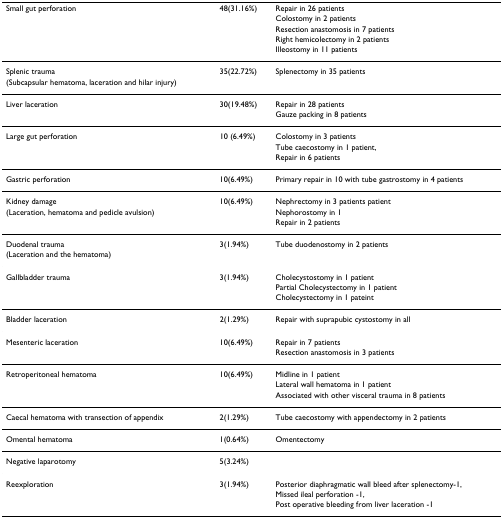
<table><thead><tr><td><b>Small gut perforation</b></td><td><b>48(31.16%)</b></td><td><b>Repair in 26 patients</b></td></tr><tr><td></td><td></td><td><b>Colostomy in 2 patients</b></td></tr><tr><td></td><td></td><td><b>Resection anastomosis in 7 patients</b></td></tr><tr><td></td><td></td><td><b>Right hemicolectomy in 2 patients</b></td></tr><tr><td></td><td></td><td><b>Illeostomy in 11 patients</b></td></tr></thead><tbody><tr><td>Splenic trauma</td><td>35(22.72%)</td><td>Splenectomy in 35 patients</td></tr><tr><td>(Subcapsular hematoma, laceration and hilar injury)</td><td></td><td></td></tr><tr><td>Liver laceration</td><td>30(19.48%)</td><td>Repair in 28 patients</td></tr><tr><td></td><td></td><td>Gauze packing in 8 patients</td></tr><tr><td>Large gut perforation</td><td>10 (6.49%)</td><td>Colostomy in 3 patients</td></tr><tr><td></td><td></td><td>Tube caecostomy in 1 patient,</td></tr><tr><td></td><td></td><td>Repair in 6 patients</td></tr><tr><td>Gastric perforation</td><td>10(6.49%)</td><td>Primary repair in 10 with tube gastrostomy in 4 patients</td></tr><tr><td>Kidney damage</td><td>10(6.49%)</td><td>Nephrectomy in 3 patients patient</td></tr><tr><td>(Laceration, hematoma and pedicle avulsion)</td><td></td><td>Nephorostomy in 1</td></tr><tr><td></td><td></td><td>Repair in 2 patients</td></tr><tr><td>Duodenal trauma</td><td>3(1.94%)</td><td>Tube duodenostomy in 2 patients</td></tr><tr><td>(Laceration and the hematoma)</td><td></td><td></td></tr><tr><td>Gallbladder trauma</td><td>3(1.94%)</td><td>Cholecystostomy in 1 patient</td></tr><tr><td></td><td></td><td>Partial Cholecystectomy in 1 patient</td></tr><tr><td></td><td></td><td>Cholecystectomy in 1 pateint</td></tr><tr><td>Bladder laceration</td><td>2(1.29%)</td><td>Repair with suprapubic cystostomy in all</td></tr><tr><td>Mesenteric laceration</td><td>10(6.49%)</td><td>Repair in 7 patients</td></tr><tr><td></td><td></td><td>Resection anastomosis in 3 patients</td></tr><tr><td>Retroperitoneal hematoma</td><td>10(6.49%)</td><td>Midline in 1 patient</td></tr><tr><td></td><td></td><td>Lateral wall hematoma in 1 patient</td></tr><tr><td></td><td></td><td>Associated with other visceral trauma in 8 patients</td></tr><tr><td>Caecal hematoma with transection of appendix</td><td>2(1.29%)</td><td>Tube caecostomy with appendectomy in 2 patients</td></tr><tr><td>Omental hematoma</td><td>1(0.64%)</td><td>Omentectomy</td></tr><tr><td>Negative laparotomy</td><td>5(3.24%)</td><td></td></tr><tr><td>Reexploration</td><td>3(1.94%)</td><td>Posterior diaphragmatic wall bleed after splenectomy-1,</td></tr><tr><td></td><td></td><td>Missed ileal perforation -1,</td></tr><tr><td></td><td></td><td>Post operative bleeding from liver laceration -1</td></tr></tbody></table>